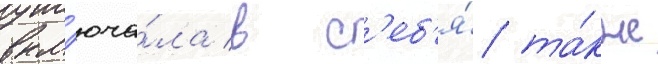
вкл'юча́ла в с'еб'я́ та́кже